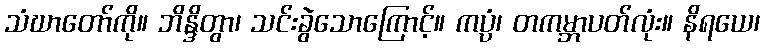
သံဃာတော်ကို။ ဘိန္ဒိတွာ၊ သင်းခွဲသောကြောင့်။ ကပ္ပံ၊ တကမ္ဘာပတ်လုံး။ နိရယေ၊